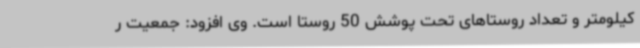
کیلومتر و تعداد روستاهای تحت پوشش 50 روستا است. وی افزود: جمعیت ر